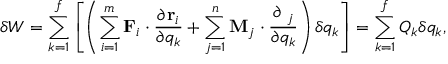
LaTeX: \delta W = \sum _ { k = 1 } ^ { f } \left[ \left( \sum _ { i = 1 } ^ { m } \mathbf { F } _ { i } \cdot { \frac { \partial \mathbf { r } _ { i } } { \partial q _ { k } } } + \sum _ { j = 1 } ^ { n } \mathbf { M } _ { j } \cdot { \frac { \partial \mathbf { \phi } _ { j } } { \partial q _ { k } } } \right) \delta q _ { k } \right] = \sum _ { k = 1 } ^ { f } Q _ { k } \delta q _ { k } ,